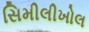
સિમીલીખોલ